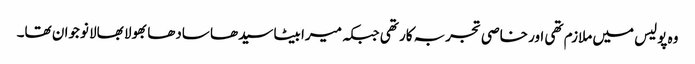
وہ پولیس میں ملازم تھی اور خاصی تجربہ کار تھی جبکہ میرا بیٹا سیدھا سادھا بھولا بھالا نوجوان تھا۔